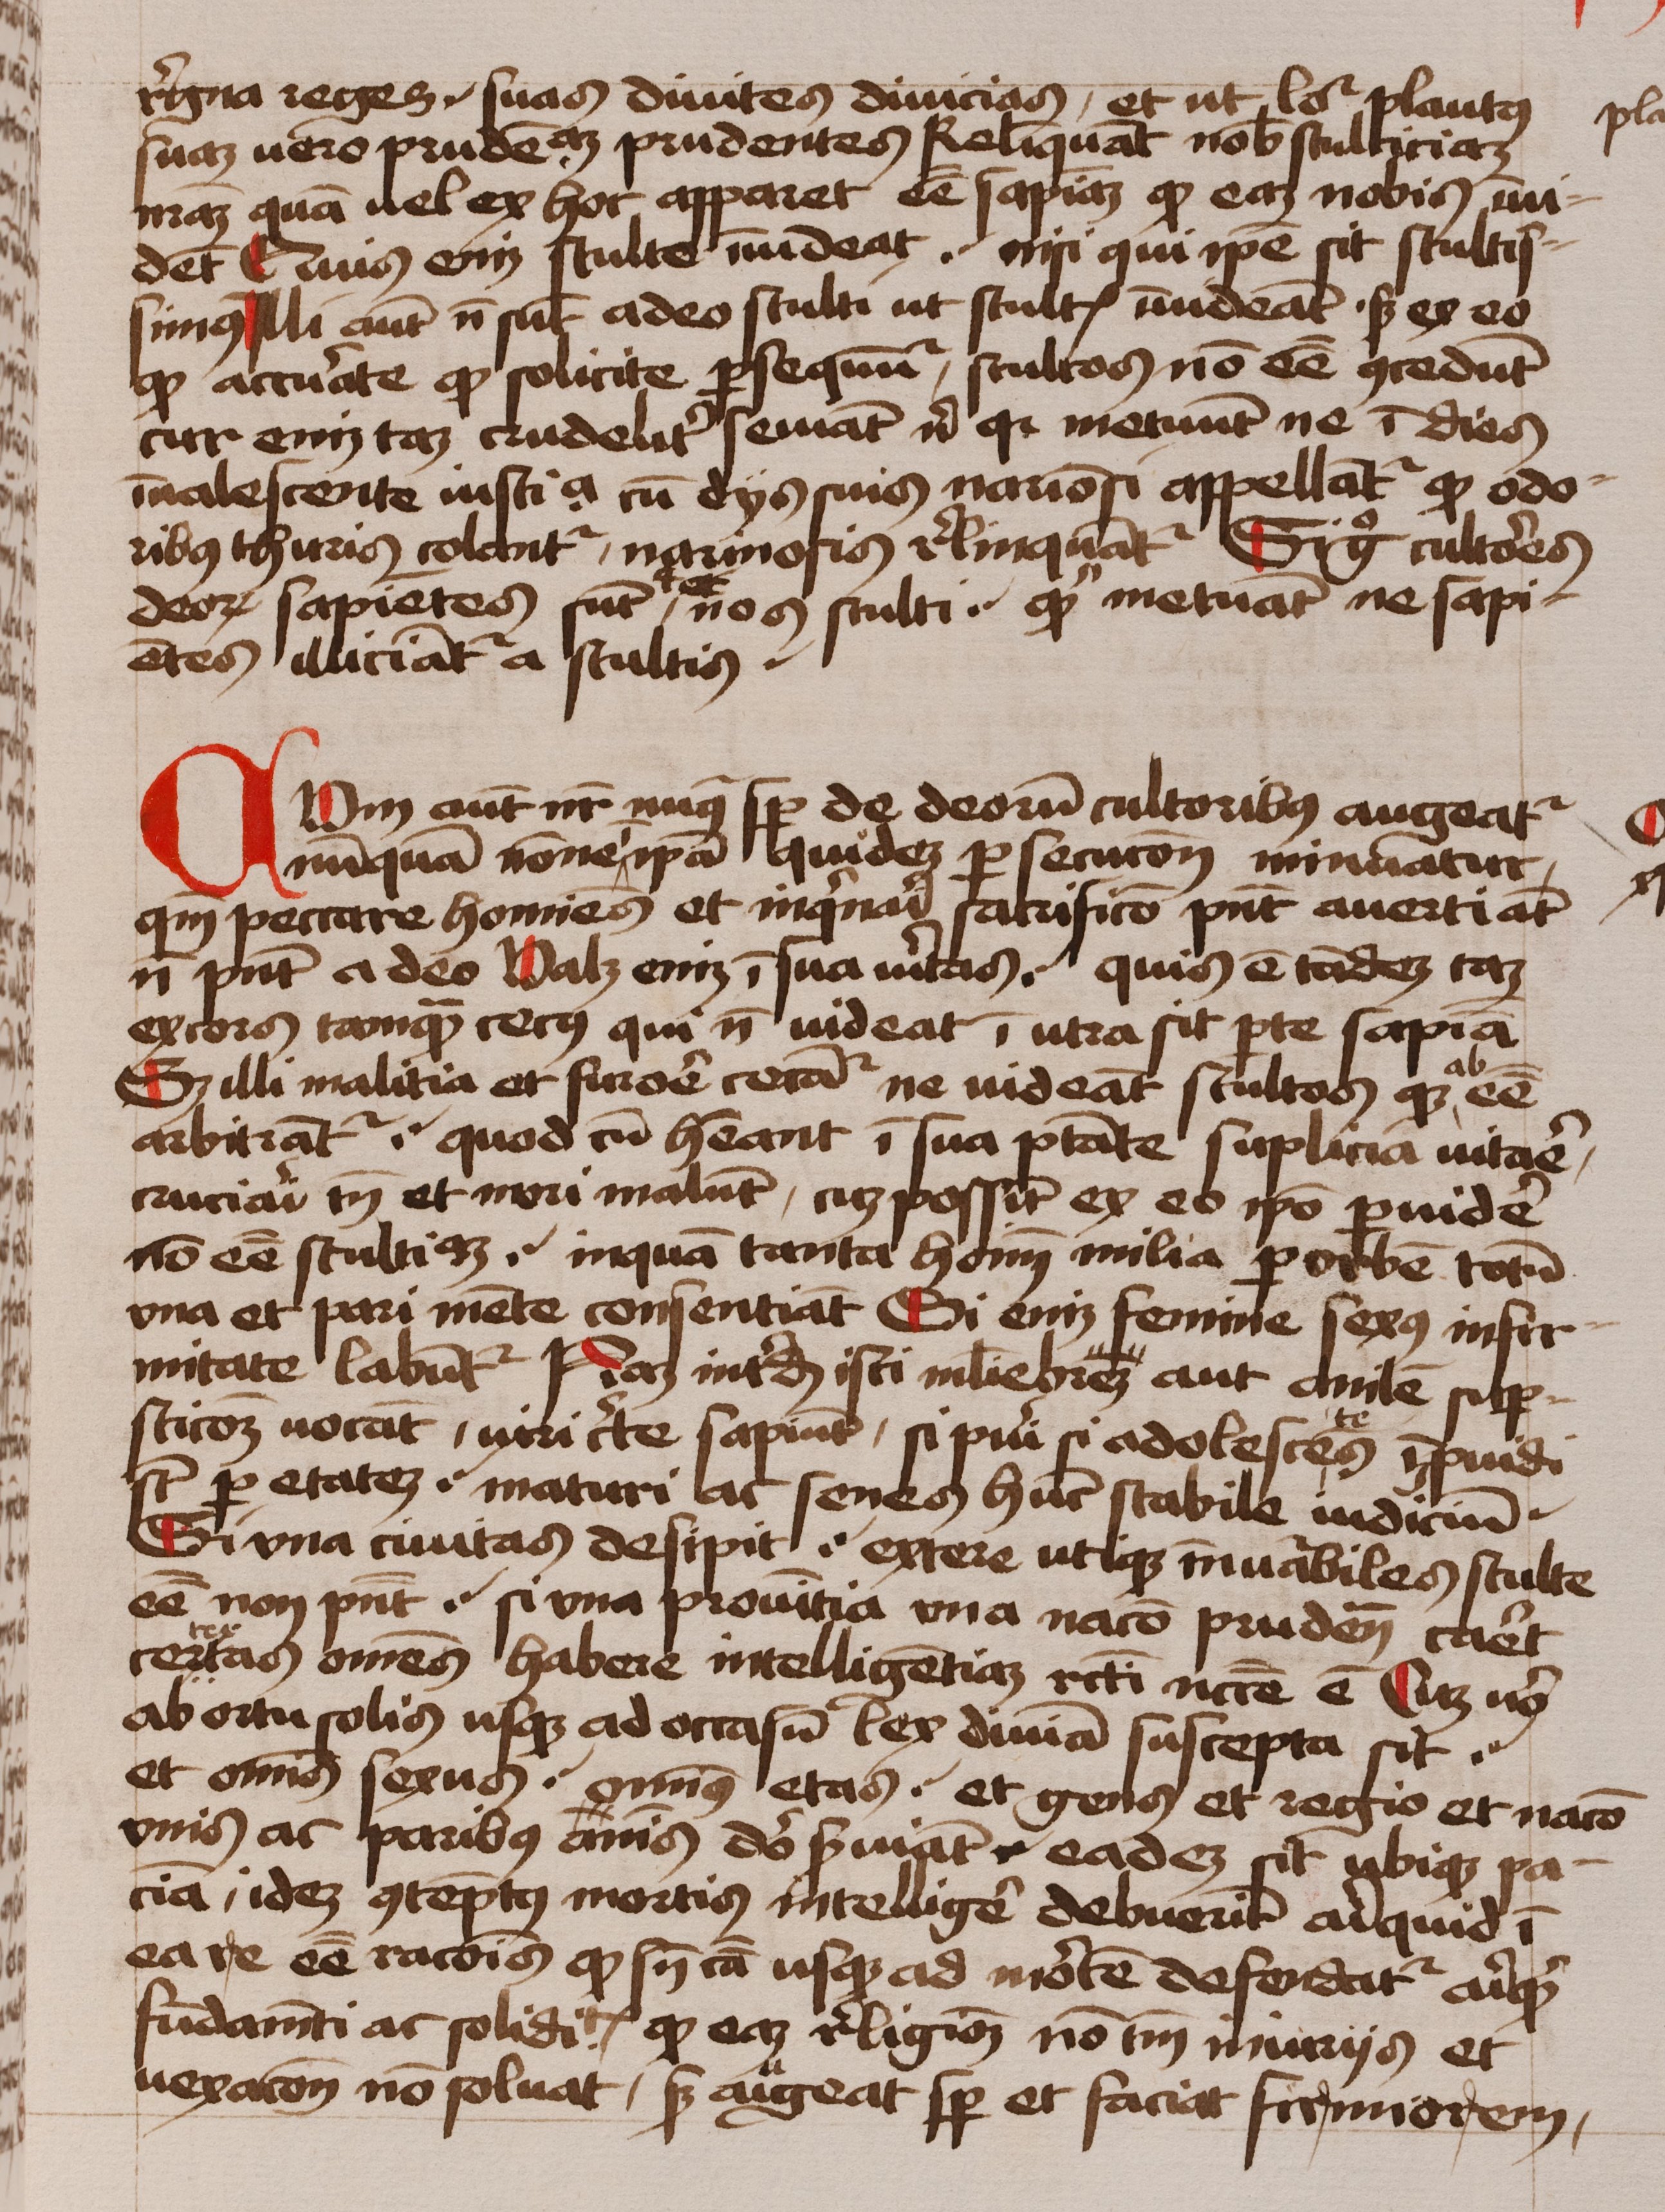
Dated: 1450–1474